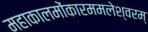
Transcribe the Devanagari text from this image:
महाकालमोंकारममलेश्वरम्